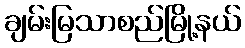
ချမ်းမြသာစည်မြို့နယ်